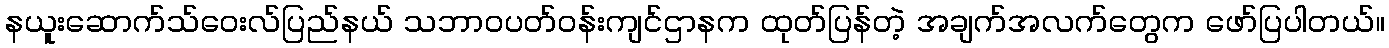
နယူးဆောက်သ်ဝေးလ်ပြည်နယ် သဘာဝပတ်ဝန်းကျင်ဌာနက ထုတ်ပြန်တဲ့ အချက်အလက်တွေက ဖော်ပြပါတယ်။